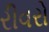
રીવરો